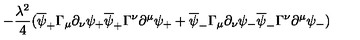
- { \frac { \lambda ^ { 2 } } { 4 } } ( \overline { { \psi } } _ { + } \Gamma _ { \mu } \partial _ { \nu } \psi _ { + } \overline { { \psi } } _ { + } \Gamma ^ { \nu } \partial ^ { \mu } \psi _ { + } + \overline { { \psi } } _ { - } \Gamma _ { \mu } \partial _ { \nu } \psi _ { - } \overline { { \psi } } _ { - } \Gamma ^ { \nu } \partial ^ { \mu } \psi _ { - } )